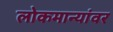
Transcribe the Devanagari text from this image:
लोकमान्यांवर